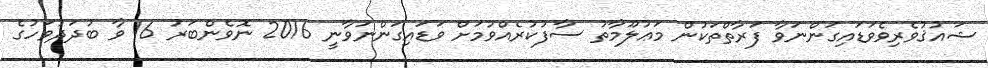
ޝައުޤުވެރިވެވަޑައިގަންނަވާ ފަރާތްތަކުން މަޢުލޫމާތު ސާފުކުރެއްވުމަށް ވަޑައިގަންނަވާނީ 2016 ނޮވެންބަރު 16 ވާ ބުދަދުވަހުގެ